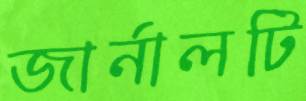
জার্নালটি